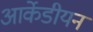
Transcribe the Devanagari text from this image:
आर्केडीयन